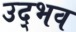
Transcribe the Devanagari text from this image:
उद्‌भव